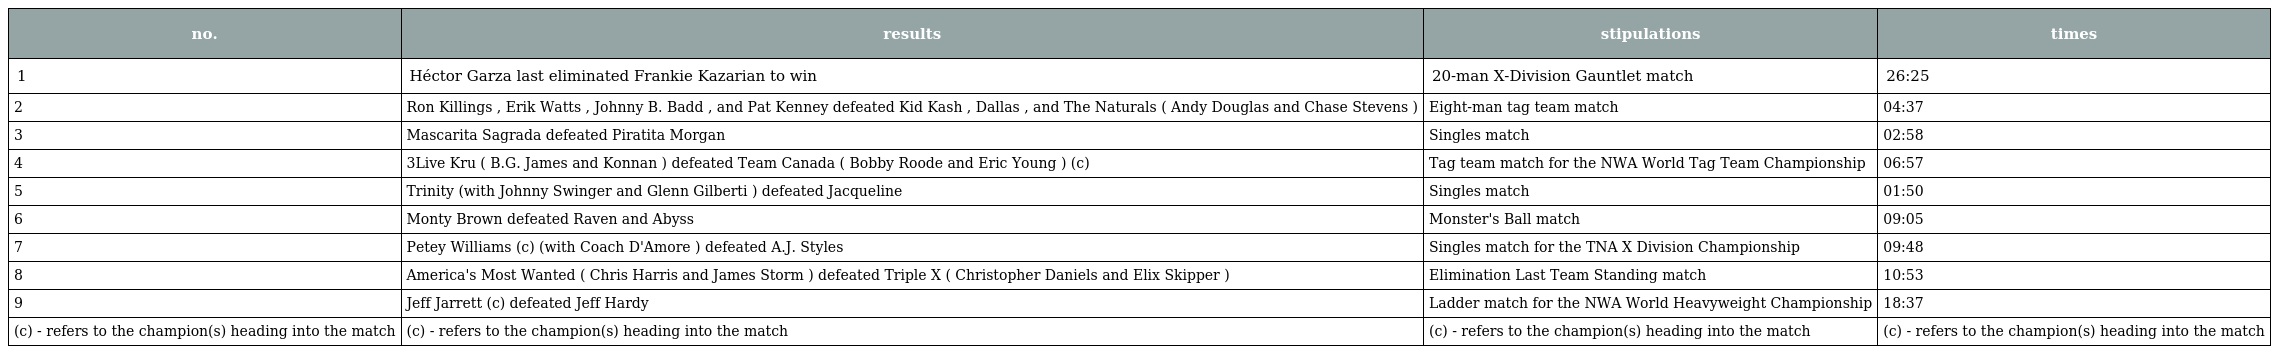
| no. | results | stipulations | times |
 | --- | --- | --- | --- |
 | 1 | Héctor Garza last eliminated Frankie Kazarian to win | 20-man X-Division Gauntlet match | 26:25 |
 | 2 | Ron Killings , Erik Watts , Johnny B. Badd , and Pat Kenney defeated Kid Kash , Dallas , and The Naturals ( Andy Douglas and Chase Stevens ) | Eight-man tag team match | 04:37 |
 | 3 | Mascarita Sagrada defeated Piratita Morgan | Singles match | 02:58 |
 | 4 | 3Live Kru ( B.G. James and Konnan ) defeated Team Canada ( Bobby Roode and Eric Young ) (c) | Tag team match for the NWA World Tag Team Championship | 06:57 |
 | 5 | Trinity (with Johnny Swinger and Glenn Gilberti ) defeated Jacqueline | Singles match | 01:50 |
 | 6 | Monty Brown defeated Raven and Abyss | Monster's Ball match | 09:05 |
 | 7 | Petey Williams (c) (with Coach D'Amore ) defeated A.J. Styles | Singles match for the TNA X Division Championship | 09:48 |
 | 8 | America's Most Wanted ( Chris Harris and James Storm ) defeated Triple X ( Christopher Daniels and Elix Skipper ) | Elimination Last Team Standing match | 10:53 |
 | 9 | Jeff Jarrett (c) defeated Jeff Hardy | Ladder match for the NWA World Heavyweight Championship | 18:37 |
 | (c) - refers to the champion(s) heading into the match | (c) - refers to the champion(s) heading into the match | (c) - refers to the champion(s) heading into the match | (c) - refers to the champion(s) heading into the match |